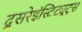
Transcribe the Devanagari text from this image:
दूसरेइंस्टिट्यूट्स